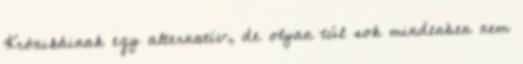
Krónikáinak egy alternatív, de olyan túl sok mindenben nem